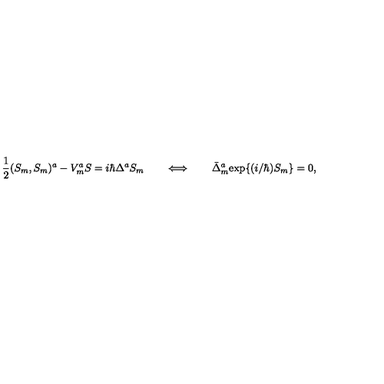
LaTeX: \mathrm { \frac { 1 } { 2 } } ( S _ { m } , S _ { m } ) ^ { a } - V _ { m } ^ { a } S = i \hbar \Delta ^ { a } S _ { m } \qquad \Longleftrightarrow \qquad \bar { \Delta } _ { m } ^ { a } \mathrm { e x p } \{ ( i / \hbar ) S _ { m } \} = 0 ,